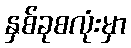
နှစ်ခုစလုံးမှာ